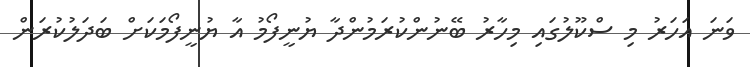
ވަނަ އަހަރު މި ސްކޫލުގައި މިހާރު ބޭނުންކުރަމުންދާ ޔުނީފޯމު އާ ޔުނީފޯމަކަށް ބަދަލުކުރަން